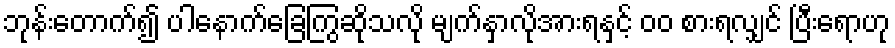
ဘုန်းတောက်၍ ပါနောက်ခြေကြွဆိုသလို မျက်နှာလိုအားရနှင့် ၀၀ စားရလျှင် ပြီးရောဟု